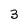
Character: 3